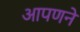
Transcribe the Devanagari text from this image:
आपणने